Civil Veterinary Dept. Bombay admin report 1907-1913 - 1907-1913
Year: 1907
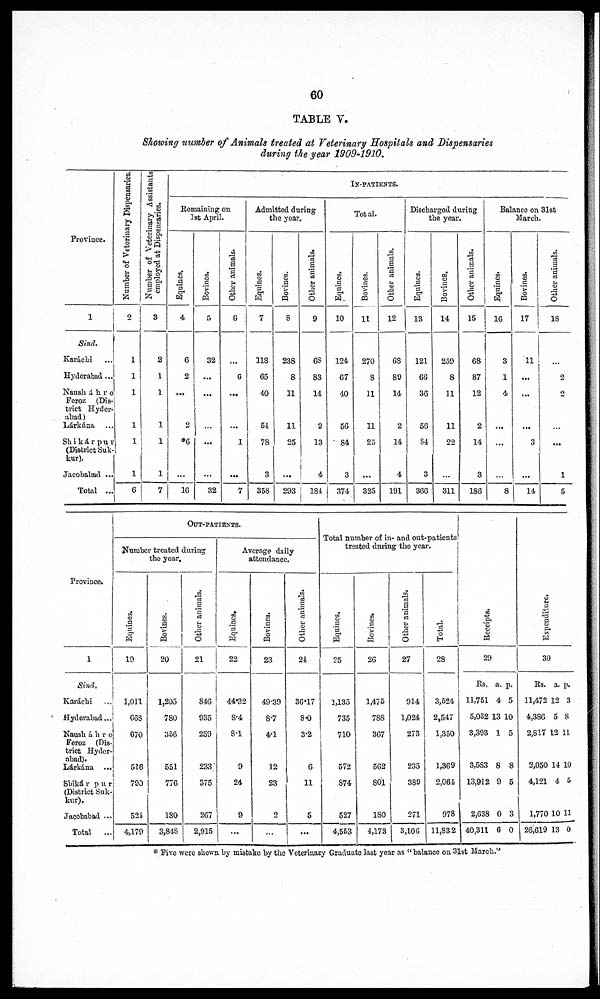
60
TABLE V.
Showing number of Animals treated at Veterinary Hospitals and Dispensaries
during the year 1909-1910.
Province.
1
Sind.
Karachi
Hyderabad ...
Nausháhro
Feroz (Dis-
trict Hyder-
abad)
Lárkána ...
Shikárpur
(District Suk-
kur).
Jacobabad ...
Total ...
Number of Veterinary Dispensaries.
2
1
1
1
1
1
1
6
Number of Veterinary Assistants
employed at Dispensaries.
3
2
1
1
1
1
1
7
IN-PATINTS.
Remaining on
1st April.
Equines.
4
6
2
...
2
*6
...
16
Bovines.
5
32
...
...
...
32
Other animals.
6
...
6
...
...
1
...
7
Admitted during
the year.
Equines.
7
118
65
40
54
78
3
358
Bovines.
8
238
8
11
11
25
...
293
Other animals.
9
68
83
14
2
13
4
184
Total.
Equines.
10
124
67
40
56
84
3
374
Bovines.
11
270
8
11
11
25
...
325
Other animals.
12
68
89
14
2
14
4
191
Discharged during
the year.
Equines.
13
121
66
36
56
84
3
366
Bovines.
14
259
8
11
11
22
...
311
Other animals.
15
68
87
12
2
14
3
186
Balance on 31st
March.
Equines.
16
3
1
4
...
...
...
8
Bovines.
17
11
...
...
...
3
...
14
Other animals.
18
...
2
2
...
...
1
5
Province.
1
Sind.
Karachi
Hyderabad ...
Nausháhro
Feroz (Dis-
trict Hyder-
Lárkána ...
Shikárpur
(District Suk-
kur).
Jacobabad ...
Total ...
OUT-PATIENTS.
Number treated during
the year.
Equines.
10
1,011
60S
670
518
790
524
4,179
Bovines.
20
1,205
780
356
551
776
180
3,848
Other animals.
21
S46
935
259
233
375
267
2,915
Average daily
attendance.
Equines.
22
44.32
S.4
8.1
9
24
9
...
Bovines.
23
49.39
8.7
4.1
12
23
...
...
Other animals.
24
36.17
8.0
3.2
6
11
5
...
Total number of in- and out-patients
treated during the year.
Equines.
25
1,135
735
710
572
S74
527
4,553
Bovines.
26
1,475
788
367
562
801
180
4,173
Other animals.
27
914
1,024
273
235
389
271
3,106
Total.
28
3,524
2,547
1,350
1,369
2,064
978
11,832
Receipts.
29
Rs.
11,751
5,032
3,393
3,583
13,912
2,638
40,311
a.
4
13
1
8
9
0
6
p.
5
10
5
8
5
3
0
Expenditure.
30
Rs.
11,472
4,386
2,817
2,050
4,121
1,770
26,619
a.
12
5
12
14
4
10
13
p.
3
8
11
10
5
11
0
* Five were shown by mistake by the Veterinary Graduate last year as "balance on 31st March."